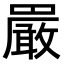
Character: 𫝝